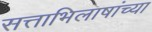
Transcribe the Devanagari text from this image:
सत्ताभिलाषांच्या